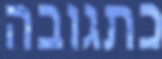
כתגובה